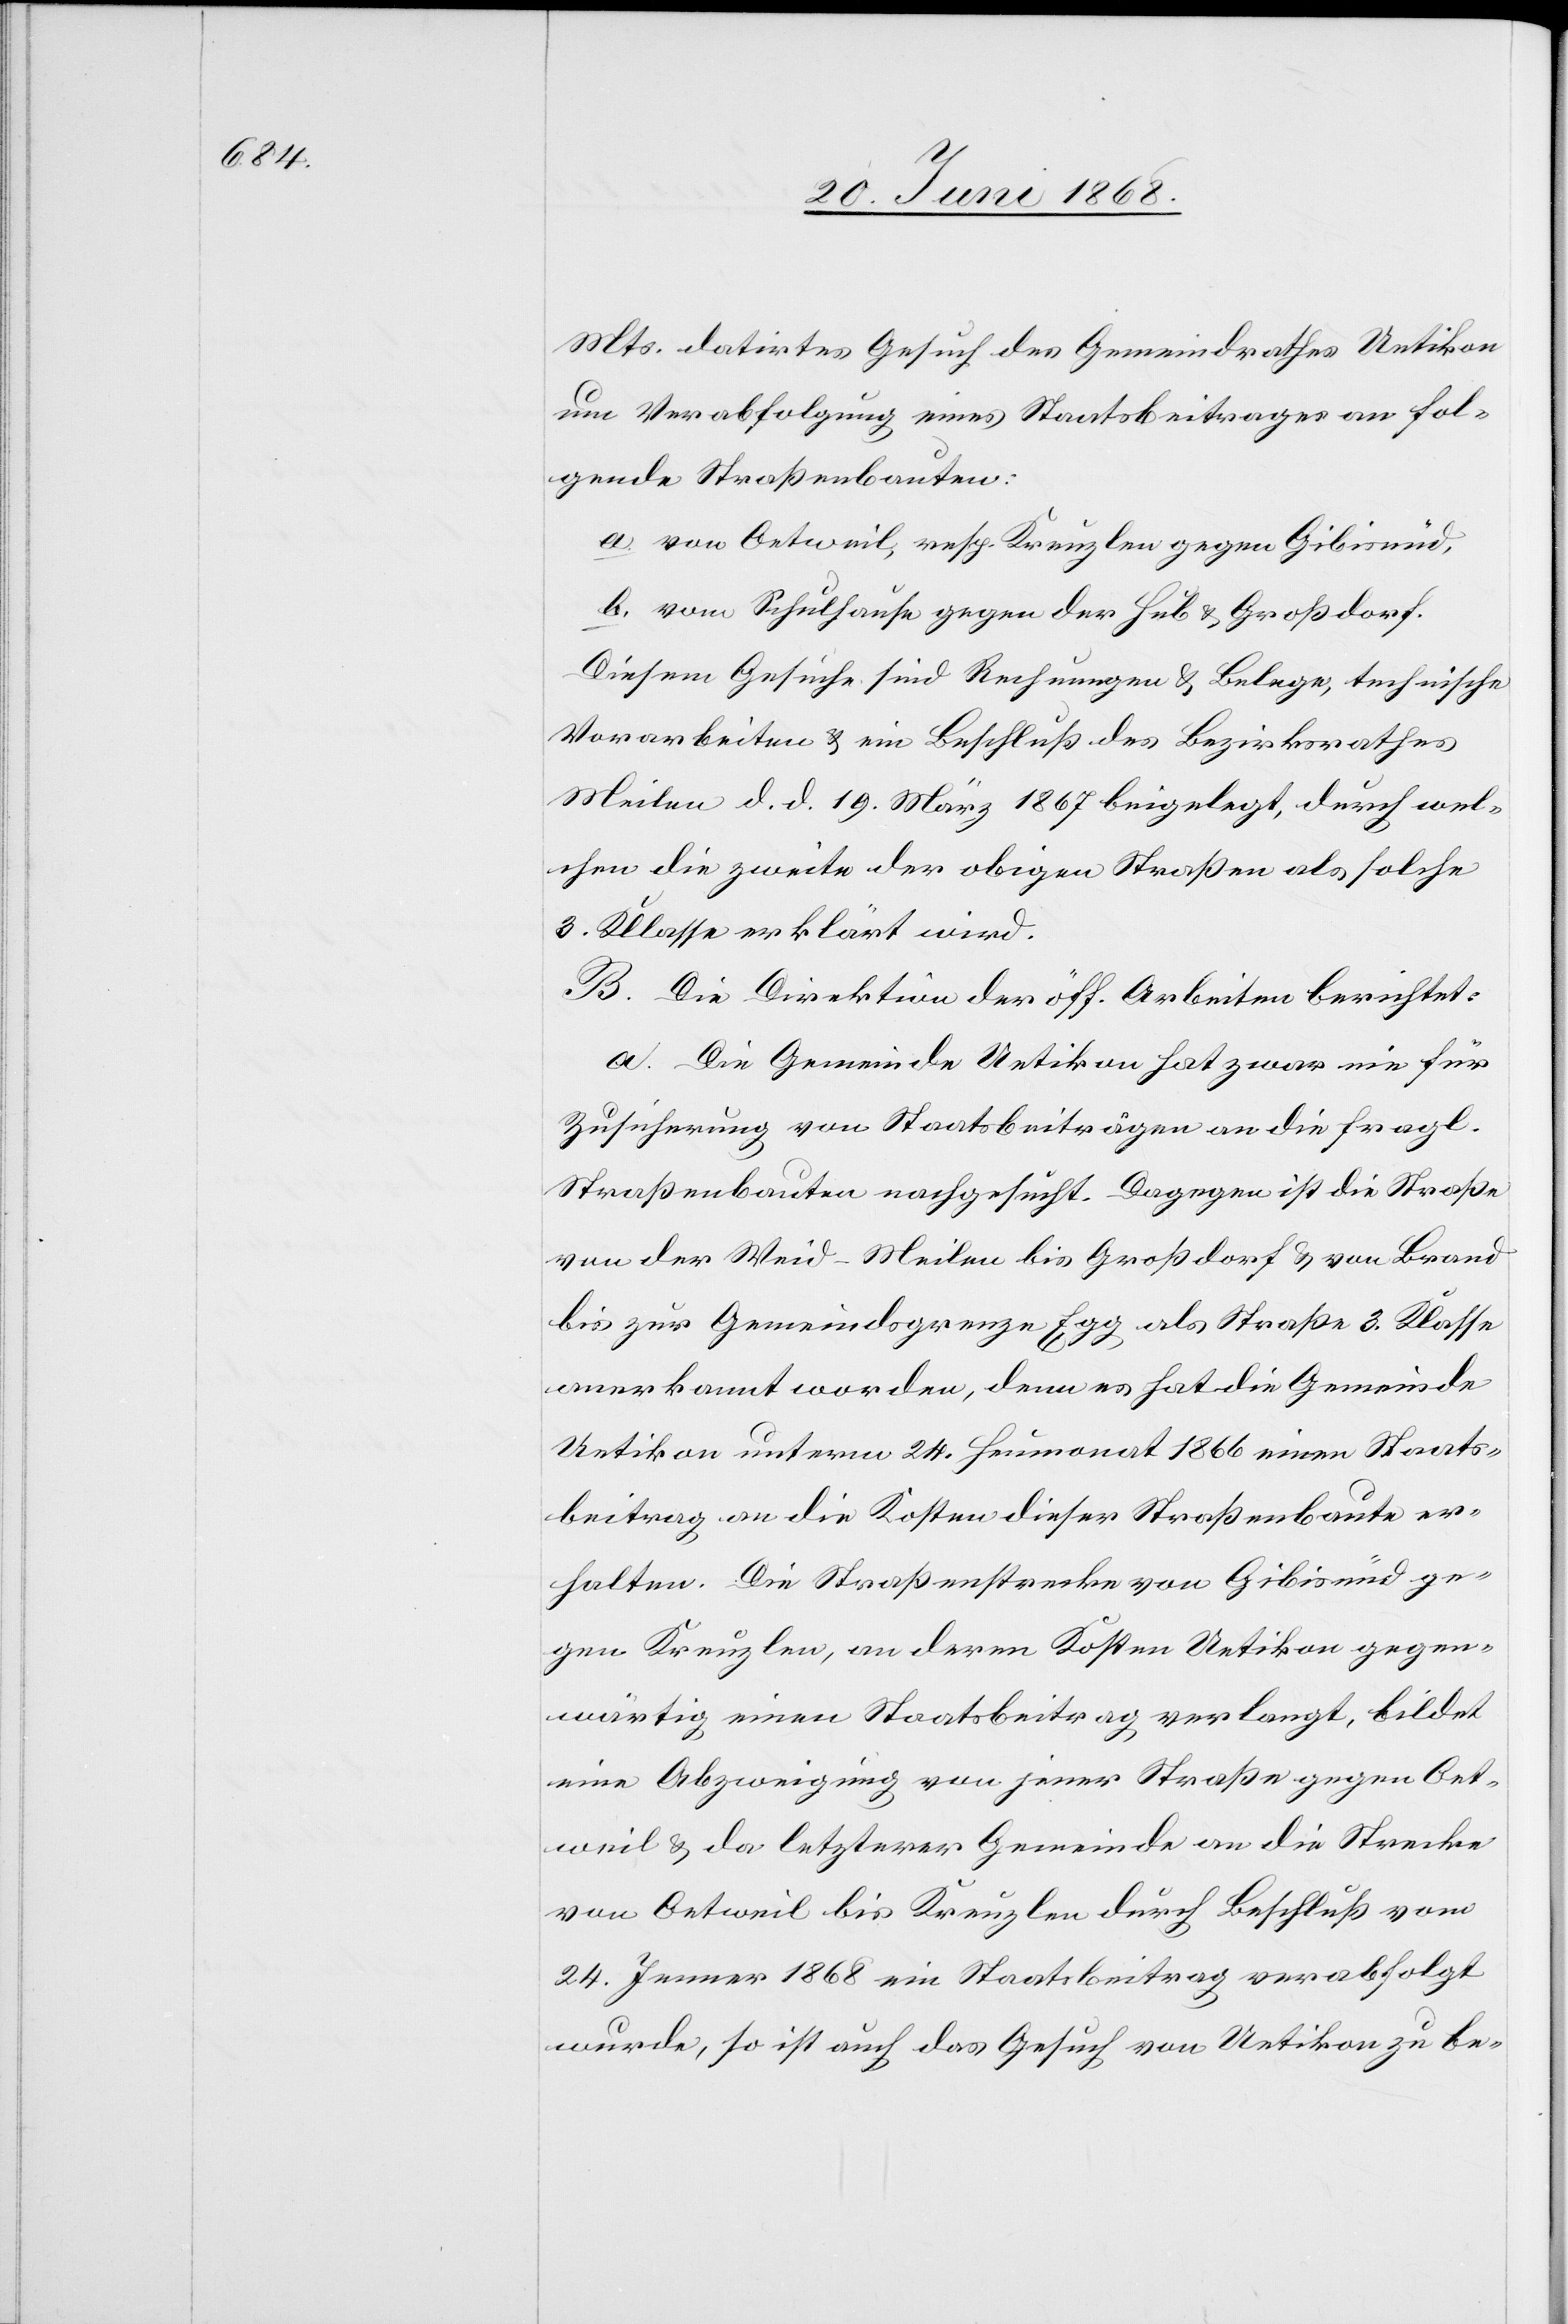
Mts. datirtes Gesuch des Gemeindrathes Uetikon
um Verabfolgung eines Staatsbeitrages an fol¬
gende Straßenbauten:
a. von Oetweil, resp. Kreuzlen gegen Gibisnüd,
b. vom Schulhause gegen der Hub & Großdorf.
Diesem Gesuche sind Rechnungen & Belege, technische
Vorarbeiten & ein Beschluß des Bezirksrathes
Meilen d. d. 19. März 1867 beigelegt, durch wel¬
chen die zweite der obigen Straßen als solche
3. Klasse erklärt wird.
B. Die Direktion der öff. Arbeiten berichtet:
a. Die Gemeinde Uetikon hat zwar nie für
Zusicherung von Staatsbeiträgen an die fragl.
Straßenbauten nachgesucht. Dagegen ist die Straße
von der Weid-Meilen bis Großdorf & von Brand
bis zur Gemeindsgrenze Egg als Straße 3. Klasse
anerkannt worden, denn es hat die Gemeinde
Uetikon unterm 24. Heumonat 1866 einen Staats¬
beitrag an die Kosten dieser Straßenbaute er¬
halten. Die Straßenstrecke von Gibisnüd ge¬
gen Kreuzlen, an deren Kosten Uetikon gegen¬
wärtig einen Staatsbeitrag verlangt, bildet
eine Abzweigung von jener Straße gegen Oet¬
weil & da letzterer Gemeinde an die Strecke
von Oetweil bis Kreuzlen durch Beschluß vom
24. Jenner 1868 ein Staatsbeitrag verabfolgt
wurde, so ist auch das Gesuch von Uetikon zu be-